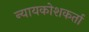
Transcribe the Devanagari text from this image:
न्यायकोशकर्ता